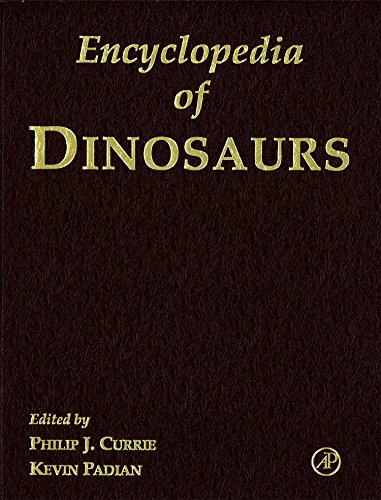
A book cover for Encyclopedia of Dinosaurs; Science & Math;